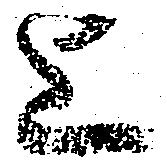
上